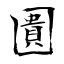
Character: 圚